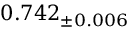
0 . 7 4 2 _ { \pm 0 . 0 0 6 }